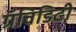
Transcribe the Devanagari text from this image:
ग्रॅविडिटी